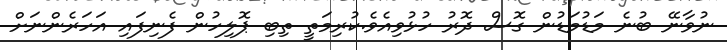
ނުވާނޭ ބުނެ މަޑުމަޑުން ގޮސް ދޮރު ހުޅުވިއެވެ.ކުރިމަތީ ތިބި ޕޮލިހުން ފެނިފައި އަހަރެންނަށް